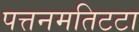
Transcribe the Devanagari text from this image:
पत्तनमतिटटा